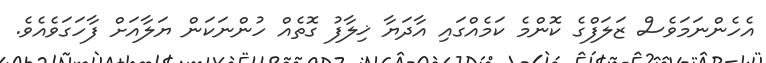
އެހެންނަމަވެސް ޒަލަފްގެ ކޮންމެ ކަމެއްގައި އާދަޔާ ޚިލާފު ގޮތެއް ހުންނަކަން ޔަލާއަށް ފާހަގަވެއެވެ.